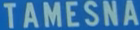
TAMESNA